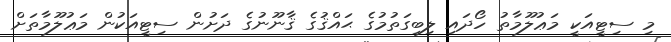
މި ސިޓީއަކީ މަޢުލޫމާތު ހޯދައި ލިބިގަތުމުގެ ޙައްޤުގެ ޤާނޫނުގެ ދަށުން ސިޓީއަކުން މަޢުލޫމާތަށް